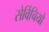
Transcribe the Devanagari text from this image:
सेर्विचियो